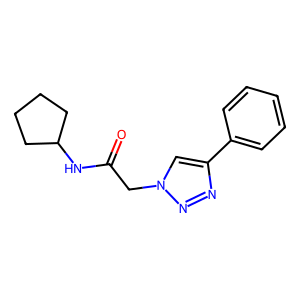
SMILES: O=C(Cn1cc(-c2ccccc2)nn1)NC1CCCC1
Inhibits HIV replication: No